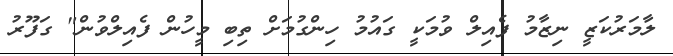
ލާމަރުކަޒީ ނިޒާމު ފެއިލް ވުމަކީ ގައުމު ހިންގުމަށް ތިބި މީހުން ފެއިލްވުން" ގަފޫރު